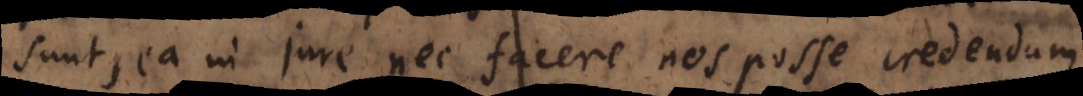
sunt, ea in jure nec facere nos posse credendum